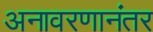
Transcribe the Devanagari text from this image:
अनावरणानंतर